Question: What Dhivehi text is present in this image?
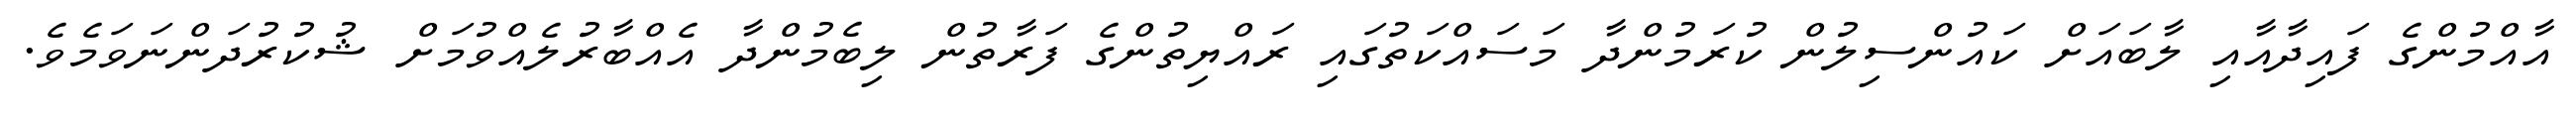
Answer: އާއްމުންގެ ފައިދާއާއި ލާބައަށް ކައުންސިލުން ކުރަމުންދާ މަސައްކަތުގައި ރައްޔިތުންގެ ފަރާތުން ލިބެމުންދާ އެއްބާރުލެއްވުމަށް ޝުކުރުދަންނަވަމެވެ.